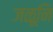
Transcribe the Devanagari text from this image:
जळूनि